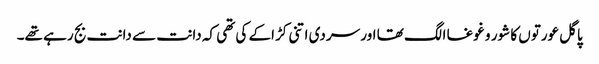
پاگل عورتوں کا شور و غوغا الگ تھا اور سردی اتنی کڑاکے کی تھی کہ دانت سے دانت بج رہے تھے۔